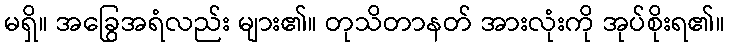
မရှိ။ အခြွေအရံလည်း များ၏။ တုသိတာနတ် အားလုံးကို အုပ်စိုးရ၏။